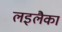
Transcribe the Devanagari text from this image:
लइलैका